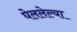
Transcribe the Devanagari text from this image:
घेललेल्या